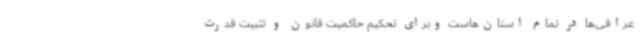
عراقی‌ها در تمام استان‌هاست وبرای تحکیم حاکمیت قانون و تثبیت قدرت